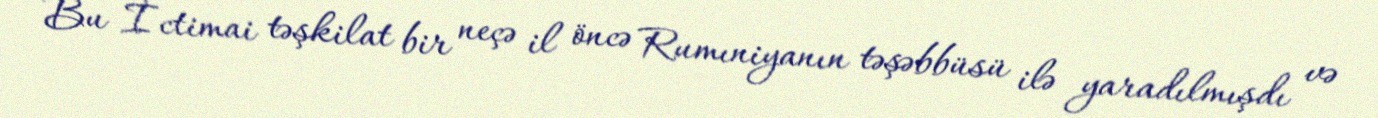
Bu İctimai təşkilat bir neçə il öncə Rumıniyanın təşəbbüsü ilə yaradılmışdı və